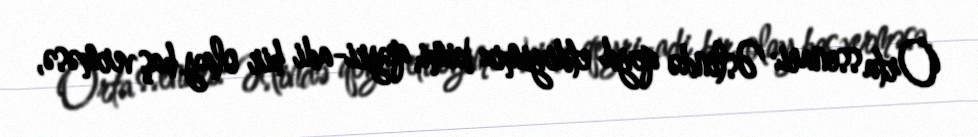
Orta ssenari: Əslində qeyd etdiyimiz kimi, qeyri-adi bir olay baş verməsə,